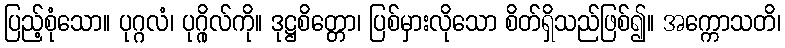
ပြည့်စုံသော။ ပုဂ္ဂလံ၊ ပုဂ္ဂိုလ်ကို။ ဒုဋ္ဌစိတ္တော၊ ပြစ်မှားလိုသော စိတ်ရှိသည်ဖြစ်၍။ အက္ကောသတိ၊